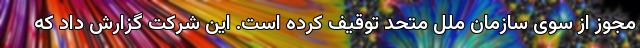
مجوز از سوی سازمان ملل متحد توقیف کرده است. این شرکت گزارش داد که